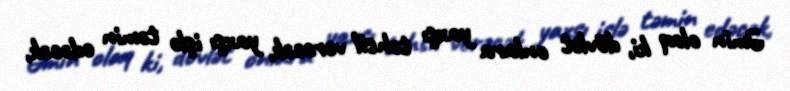
Əmin olaq ki, dövlət onlara yaxşı təhsil verəcək, yaxşı işlə təmin edəcək,